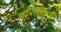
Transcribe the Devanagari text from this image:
नीरमहल